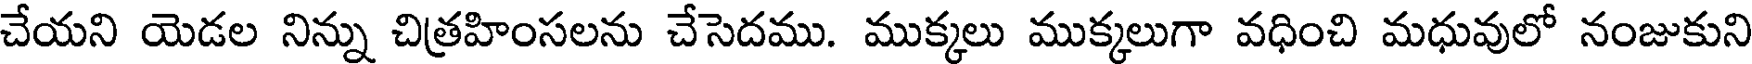
చేయని యెడల నిన్ను చిత్రహింసలను చేసెదము. ముక్కలు ముక్కలుగా వధించి మధువులో నంజుకుని